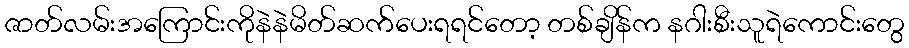
ဇာတ်လမ်းအကြောင်းကိုနဲနဲမိတ်ဆက်ပေးရရင်တော့ တစ်ချိန်က နဂါးစီးသူရဲကောင်းတွေ